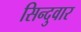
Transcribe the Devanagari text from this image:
सिन्दुवार